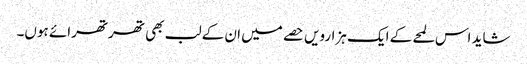
شاید اس لمحے کے ایک ہزارویں حصے میں ان کے لب بھی تھرتھرائے ہوں۔